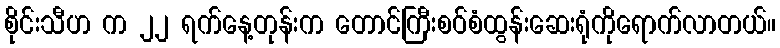
စိုင်းသီဟ က ၂၂ ရက်နေ့တုန်းက တောင်ကြီးစဝ်စံထွန်းဆေးရုံကိုရောက်လာတယ်။